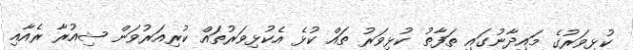
ކުޅިވަރުގެ މައިދާނުގައި ތަފާތު ކުޅިވަރު ތައް ކުޅެ އެކުޅިވަރުތައް ކުރިއަރުވަން ޝިއުރާ ރެއާއި